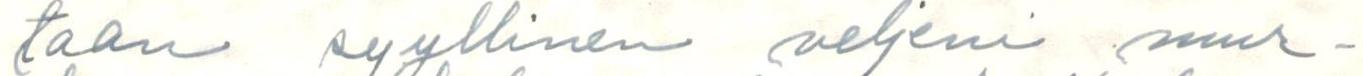
taan syyllinen veljeni mur-